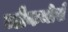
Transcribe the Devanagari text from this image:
ब्लैकमोर्स